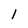
Character: 1